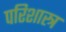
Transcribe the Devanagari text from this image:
परिशास्त्र